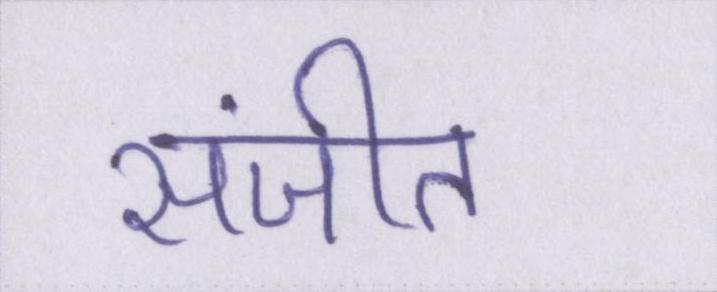
संजीत